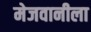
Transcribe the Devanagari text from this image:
मेजवानीला